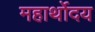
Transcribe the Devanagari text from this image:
महार्थोदय